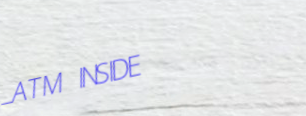
ATM INSIDE